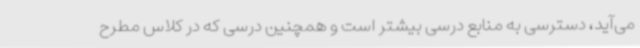
می‌آید، دسترسی به منابع درسی بیشتر است و همچنین درسی که در کلاس مطرح